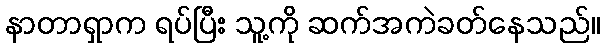
နာတာရှာက ရပ်ပြီး သူ့ကို ဆက်အကဲခတ်နေသည်။